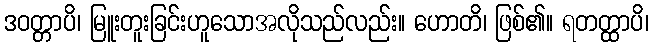
ဒဝတ္တာပိ၊ မြူးတူးခြင်းဟူသောအလိုသည်လည်း။ ဟောတိ၊ ဖြစ်၏။ ရတတ္ထာပိ၊